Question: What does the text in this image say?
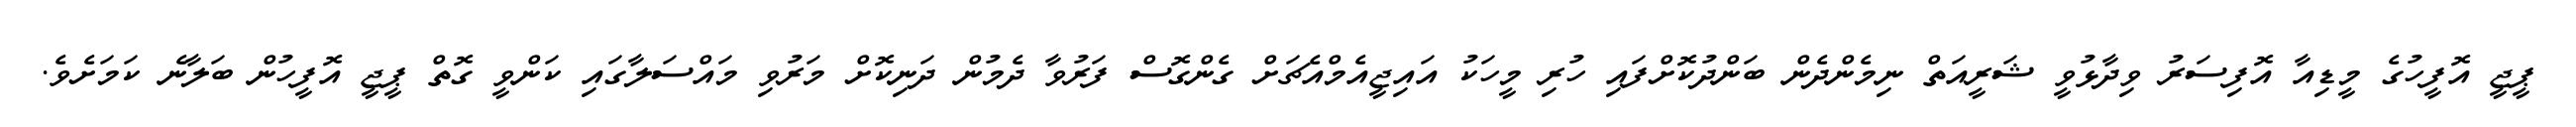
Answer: ޕީޖީ އޮފީހުގެ މީޑިއާ އޮފިސަރު ވިދާޅުވީ ޝަރީއަތް ނިމެންދެން ބަންދުކޮށްފައި ހުރި މީހަކު އައިޖީއެމްއެޗަށް ގެންގޮސް ފަރުވާ ދެމުން ދަނިކޮށް މަރުވި މައްސަލާގައި ކަންވީ ގޮތް ޕީޖީ އޮފީހުން ބަލާނެ ކަމަށެވެ.